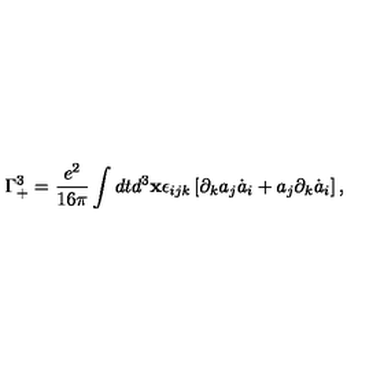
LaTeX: \Gamma _ { + } ^ { 3 } = \frac { e ^ { 2 } } { 1 6 \pi } \int d t d ^ { 3 } { \bf x } \epsilon _ { i j k } \left[ \partial _ { k } a _ { j } \dot { a } _ { i } + a _ { j } \partial _ { k } \dot { a } _ { i } \right] ,